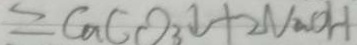
= C a C O _ { 3 } \downarrow + 2 N _ { 2 } O H